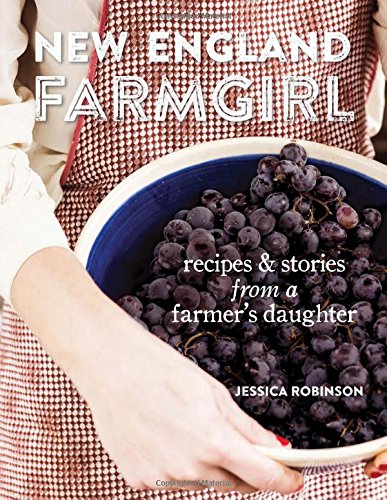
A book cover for New England Farmgirl: Recipes & Stories from a Farmer's Daughter; Jessica Robinson; Cookbooks, Food & Wine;